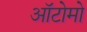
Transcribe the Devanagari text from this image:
ऑटोमो